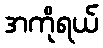
အကိုရယ်